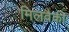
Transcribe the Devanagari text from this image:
मिलवैकी